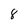
Character: 8